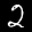
Label: 2